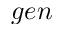
g e n